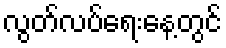
လွတ်လပ်ရေးနေ့တွင်